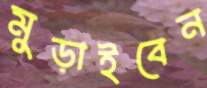
মুড়াইবেন